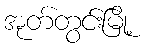
အုတ်တွင်းမြို့